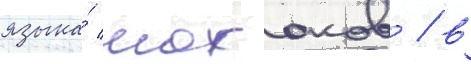
языка́ мохоков / в